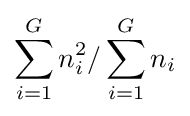
\sum _{i=1}^{G}n_{i}^{2}/\sum _{i=1}^{G}n_{i}